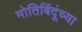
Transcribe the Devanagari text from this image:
मोतिबिंदूंच्या